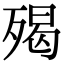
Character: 𣨵